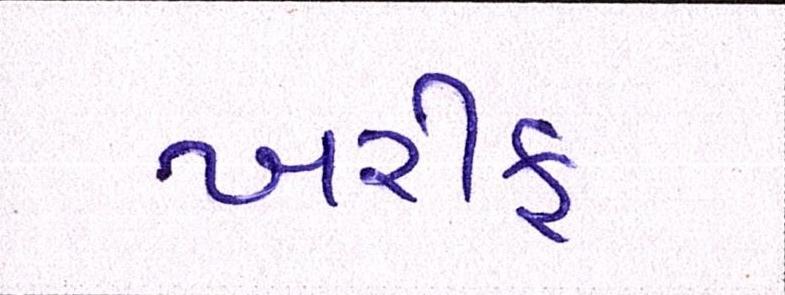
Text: ખરીફ